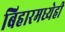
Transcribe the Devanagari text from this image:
बिहारमध्येही